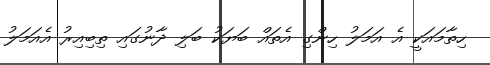
ހިތާމައަކީ އެ އަމަލު ހިންގި އެތައް ބަޔަކު ބަލި ދާނުގައި ތިބިއިރު އެއަމަލު